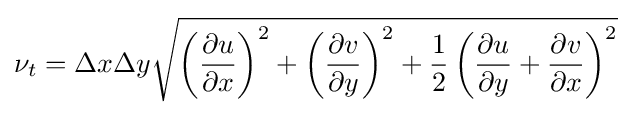
\nu _{t}=\Delta x\Delta y{\sqrt {\left({\frac {\partial u}{\partial x}}\right)^{2}+\left({\frac {\partial v}{\partial y}}\right)^{2}+{\frac {1}{2}}\left({\frac {\partial u}{\partial y}}+{\frac {\partial v}{\partial x}}\right)^{2}}}